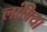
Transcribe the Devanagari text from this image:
लांबिया